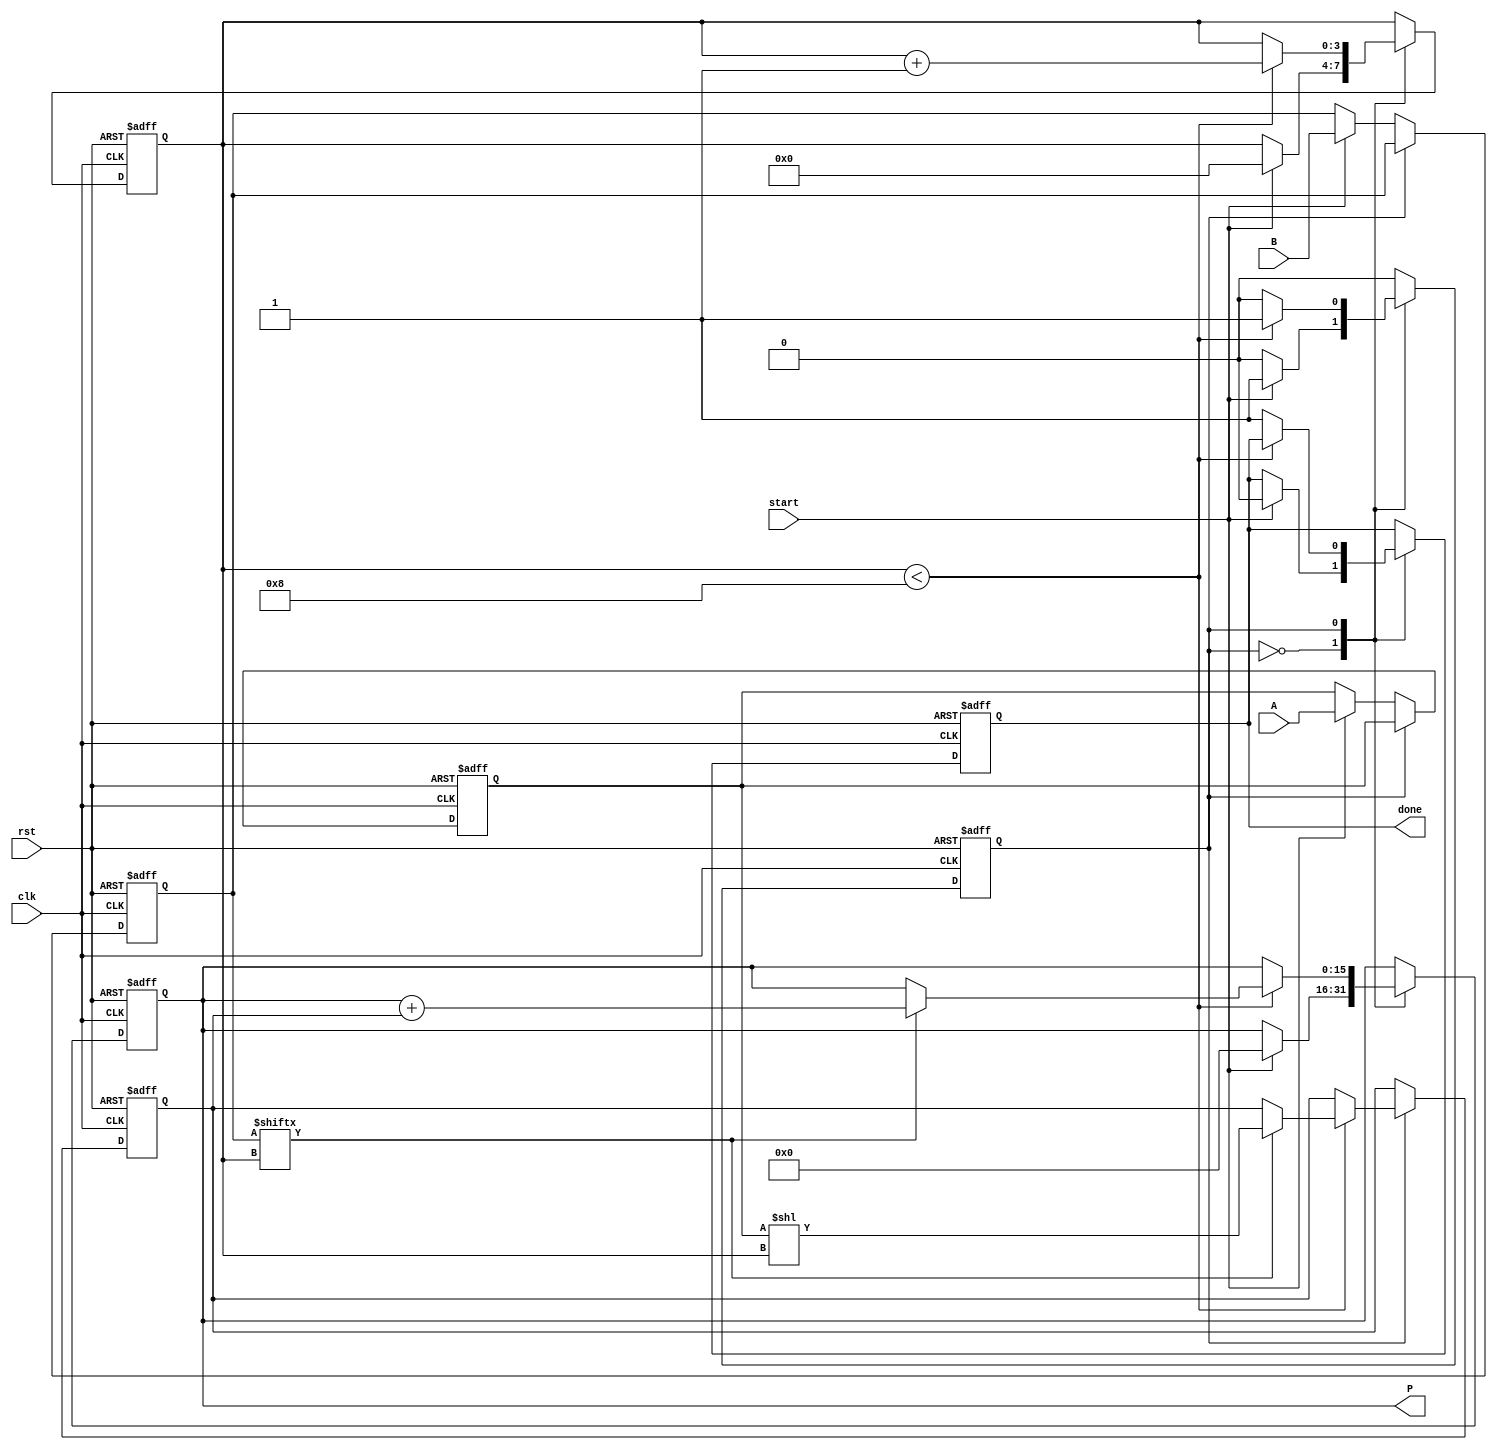
module radix2_multiplier #(parameter n = 8) (
    input wire [n-1:0] A,       // Multiplicand
    input wire [n-1:0] B,       // Multiplier
    input wire start,           // Control signal to start multiplication
    input wire clk,             // Clock signal
    input wire rst,             // Reset signal
    output reg [2*n-1:0] P,     // Product
    output reg done             // Indicates multiplication is complete
);

    reg [n-1:0] A_reg;          // Register for A
    reg [n-1:0] B_reg;          // Register for B
    reg [2*n-1:0] partial;      // Partial product
    reg [3:0] count;            // Counter for bit positions
    reg state;                  // State variable for FSM

    // State definitions
    localparam IDLE = 1'b0;
    localparam MULTIPLY = 1'b1;

    // Sequential logic for multiplication
    always @(posedge clk or posedge rst) begin
        if (rst) begin
            P <= 0;
            done <= 0;
            count <= 0;
            state <= IDLE;
            A_reg <= 0;
            B_reg <= 0;
            partial <= 0;
        end else begin
            case (state)
                IDLE: begin
                    if (start) begin
                        A_reg <= A;
                        B_reg <= B;
                        P <= 0;
                        count <= 0;
                        state <= MULTIPLY;
                        done <= 0;
                    end
                end

                MULTIPLY: begin
                    if (count < n) begin
                        if (B_reg[count]) begin
                            partial <= A_reg << count; // Shift A by count
                            P <= P + partial;          // Add to product
                        end
                        count <= count + 1;          // Move to next bit
                    end else begin
                        done <= 1;                   // Multiplication complete
                        state <= IDLE;               // Go back to idle
                    end
                end
            endcase
        end
    end
endmodule